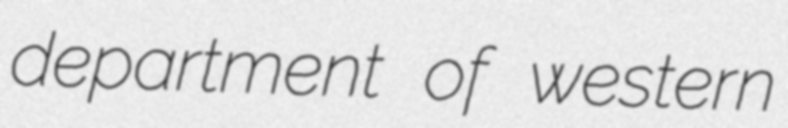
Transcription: department of western